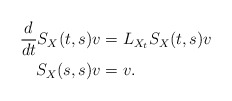
\begin{align*}\frac{d}{dt} S_X(t,s)v & = L_{X_t} S_X(t,s)v \\ S_X(s,s)v & = v. \end{align*}